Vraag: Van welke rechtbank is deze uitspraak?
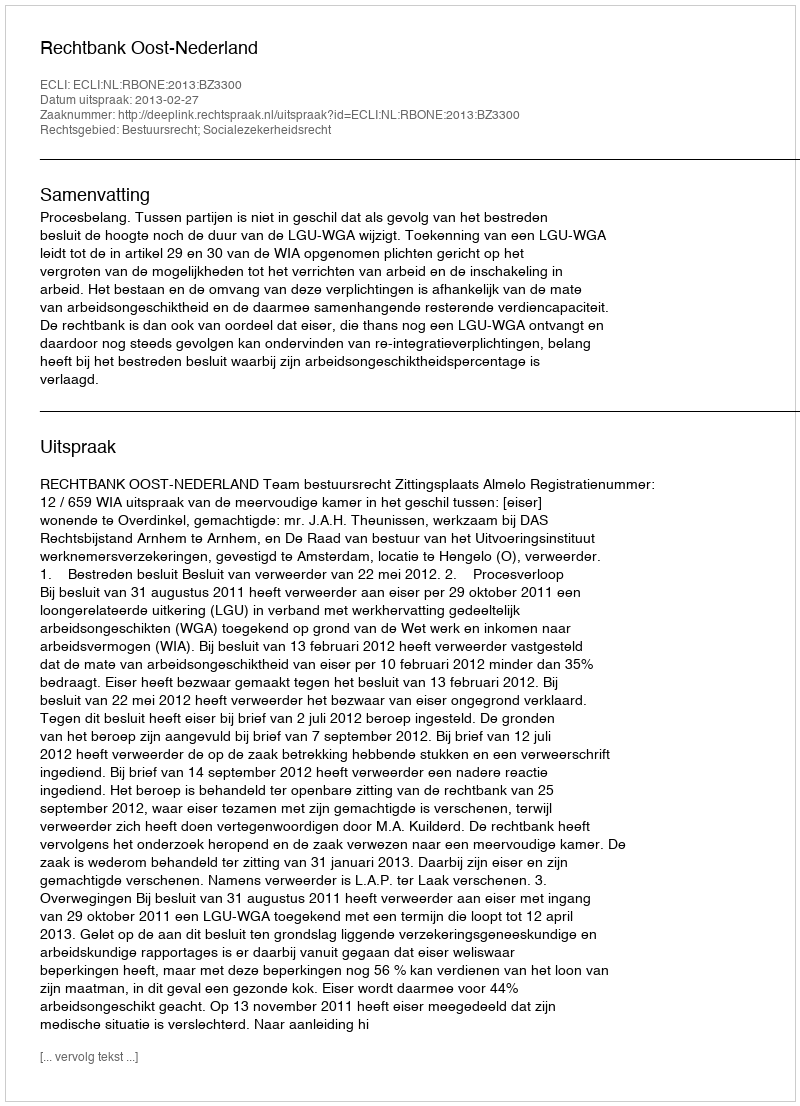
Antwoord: Rechtbank Oost-Nederland